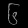
Digit: ၆